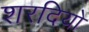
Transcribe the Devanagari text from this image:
शरदियो